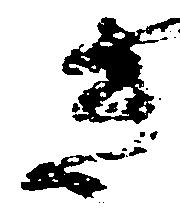
き